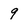
Character: 9